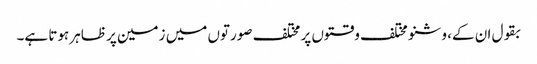
بقول ان کے، وشنو مختلف وقتوں پر مختلف صورتوں میں زمین پر ظاہر ہوتا ہے۔